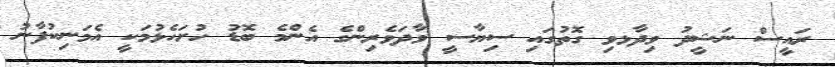
ރައީސް ނަޝީދު ވިދާޅވި ގޮތުގައި ސިޔާސީ ވާދަވެރިންގެ އެންމެ ބޮޑު ހުށަހެޅުމަކީ އެމަނިކުފާނު